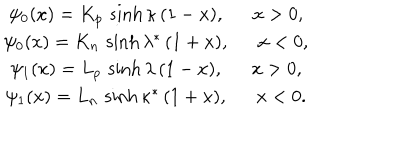
\begin{array} { c } { { \psi _ { 0 } ( x ) = K _ { p } \, \sinh \kappa \, ( 1 - x ) , \ \ x > 0 , } } \\ { { \psi _ { 0 } ( x ) = K _ { n } \, \sinh \lambda ^ { * } \, ( 1 + x ) , \ \ x < 0 , } } \\ { { \psi _ { 1 } ( x ) = L _ { p } \, \sinh \lambda \, ( 1 - x ) , \ \ x > 0 , } } \\ { { \psi _ { 1 } ( x ) = L _ { n } \, \sinh \kappa ^ { * } \, ( 1 + x ) , \ \ x < 0 . } } \\ \end{array}